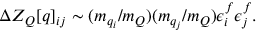
\Delta { \cal Z } _ { \cal Q } [ q ] _ { i j } \sim ( m _ { q _ { i } } / m _ { Q } ) ( m _ { q _ { j } } / m _ { Q } ) \epsilon _ { i } ^ { f } \epsilon _ { j } ^ { f } .